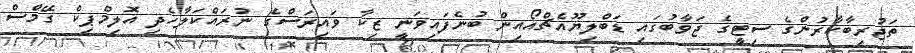
ތަޖުރިބާކާރުންގެ ސިޓީގެ ޖަވާބުގައި ޑަބްލިޔޫއެޗްއޯއިން ބުނެފައިވަނީ ޒިކާ ވައިރަސްގެ ނުރައްކަލާހެދި އޮލިމްޕިކް ގޭމްސް